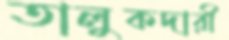
তালুকদারী